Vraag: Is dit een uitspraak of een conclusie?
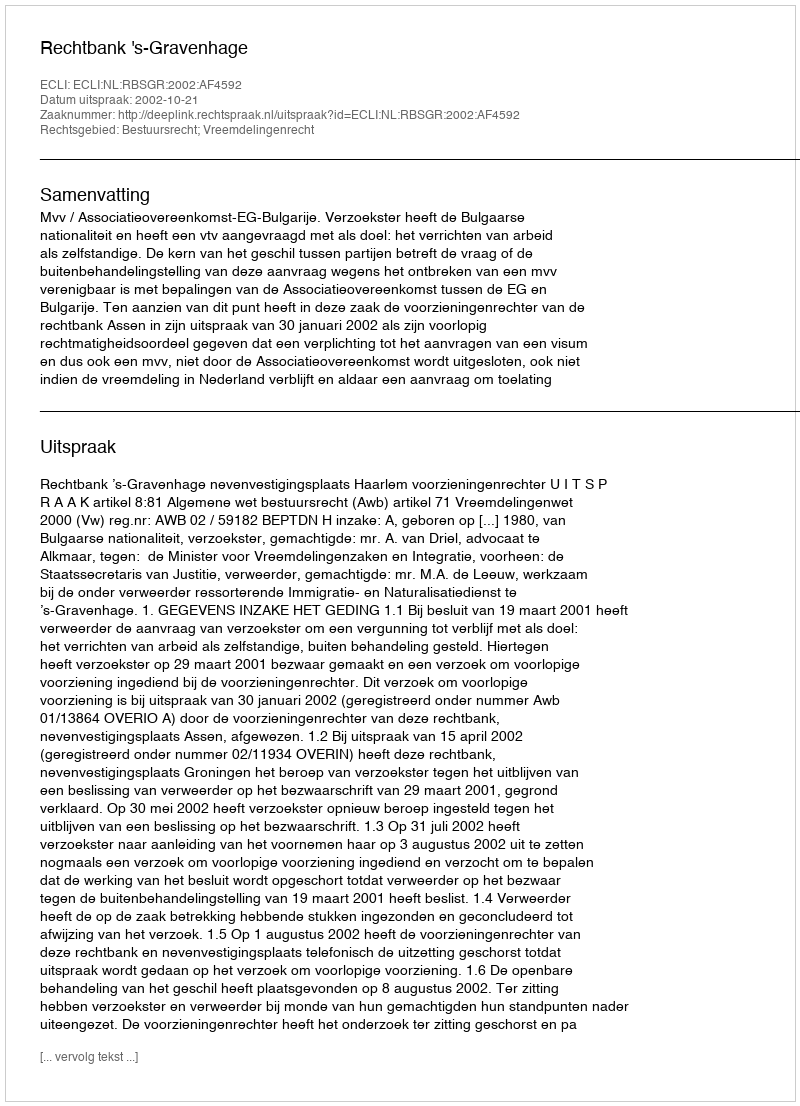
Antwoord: Uitspraak